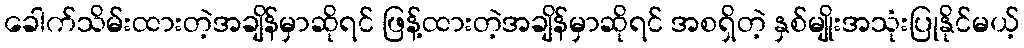
ခေါက်သိမ်းထားတဲ့အချိန်မှာဆိုရင် ဖြန့်ထားတဲ့အချိန်မှာဆိုရင် အစရှိတဲ့ နှစ်မျိုးအသုံးပြုနိုင်မယ့်